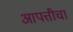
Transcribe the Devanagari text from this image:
आपत्तीचा